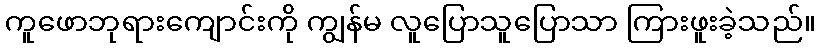
ကူဖောဘုရားကျောင်းကို ကျွန်မ လူပြောသူပြောသာ ကြားဖူးခဲ့သည်။